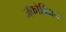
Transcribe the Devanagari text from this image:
जॅकोबियन